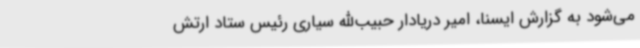
می‌شود به گزارش ایسنا، امیر دریادار حبیب‌الله سیاری رئیس ستاد ارتش